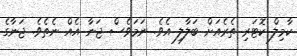
ކާމިލް ކޮޓަރި ތެރެއަށް ބަލާލި އެވެ. ނަމަވެސް ޖަނާ އެއް ނެތެވެ. ޖަނާގެ